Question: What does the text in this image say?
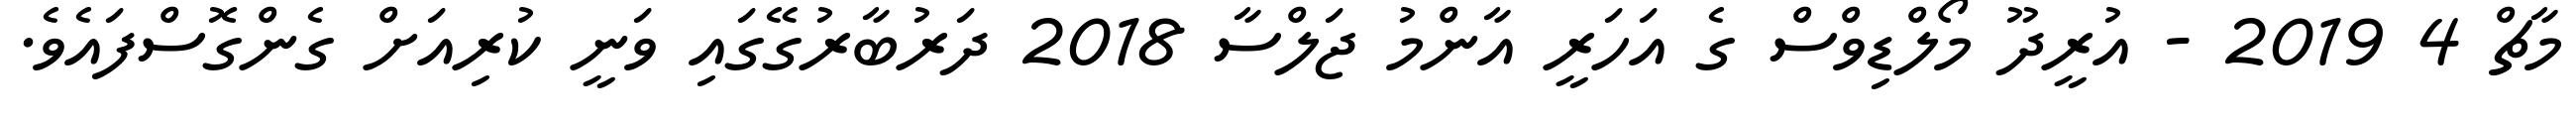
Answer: މާޗް 4 2019 - އުރީދޫ މޯލްޑިވްސް ގެ އަހަރީ އާންމު ޖަލްސާ 2018 ދަރުބާރުގޭގައި ވަނީ ކުރިއަށް ގެންގޮސްފައެވެ.